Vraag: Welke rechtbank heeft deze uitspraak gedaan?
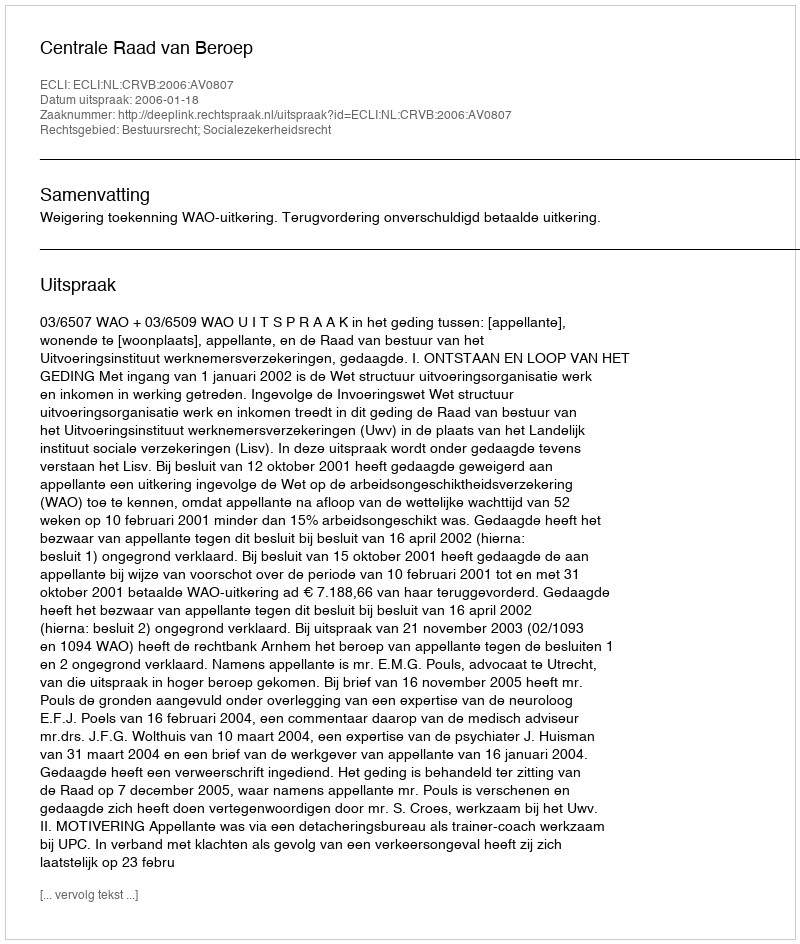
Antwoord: Centrale Raad van Beroep